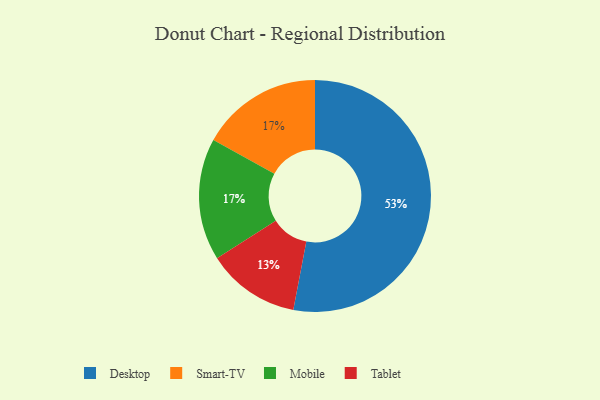
{"axis": {"x": "Category", "y": "Percentage"}, "legend": ["Desktop", "Mobile", "Smart-TV", "Tablet"], "data": [{"x": "Desktop", "y": 53, "type": "Desktop"}, {"x": "Smart-TV", "y": 17, "type": "Smart-TV"}, {"x": "Tablet", "y": 13, "type": "Tablet"}, {"x": "Mobile", "y": 17, "type": "Mobile"}]}